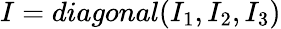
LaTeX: I=diagonal(I_{1},I_{2},I_{3})